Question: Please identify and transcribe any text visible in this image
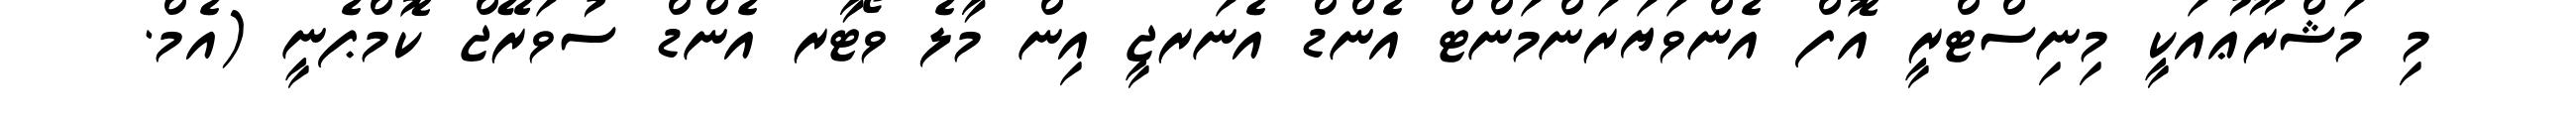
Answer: މި މަޝްރޫޢުއަކީ މިނިސްޓްރީ އޮފް އެންވަޔަރަންމަންޓް އެންޑް އެނަރޖީ އިން މާލެ ވޯޓާރ އެންޑް ސުވަރޭޖް ކޮމްޕެނީ (އެމް.